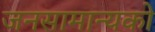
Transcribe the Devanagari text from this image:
जनसामान्‍यको